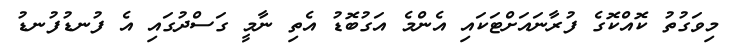
މިވަގުތު ކޮއްކޮގެ ފުރާނައަށްޓަކައި އެންމެ އަގުބޮޑު އެތި ނާމީ ގަސްދުގައި އެ ފުނޑުފުނޑު